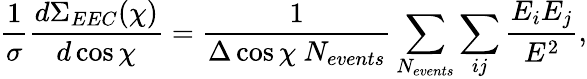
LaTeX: \frac{1}{\sigma}\frac{d\Sigma_{EEC}(\chi)}{d\cos\chi}=\frac{1}{\Delta\cos\chi~N_{events}}\sum_{N_{events}}\sum_{ij}\frac{E_{i}E_{j}}{E^{2}},